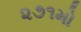
૨૭૧મો